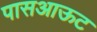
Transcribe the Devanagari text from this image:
पासआऊट